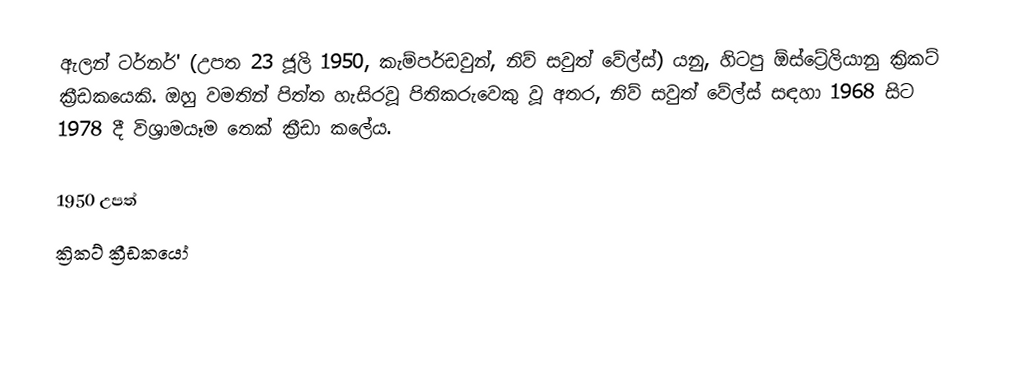
ඇලන් ටර්නර්' (උපත 23 ජූලි 1950, කැම්පර්ඩවුන්, නිව් සවුත් වේල්ස්) යනු, හිටපු ඕස්ට්‍රේලියානු  ක්‍රිකට් ක්‍රීඩකයෙකි. ඔහු වමතින් පිත්ත හැසිරවූ පිතිකරුවෙකු වූ අතර,   නිව් සවුත් වේල්ස් සඳහා  1968 සිට 1978 දී විශ්‍රාමයෑම තෙක් ක්‍රීඩා කලේය.

1950 උපත්
ක්‍රිකට් ක්‍රීඩකයෝ